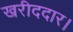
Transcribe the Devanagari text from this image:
खरीददार।